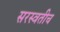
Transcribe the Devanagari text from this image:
सरस्वतीच